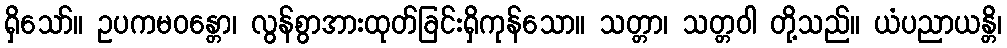
ရှိသော်။ ဥပကမဝန္တော၊ လွန်စွာအားထုတ်ခြင်းရှိကုန်သော။ သတ္တာ၊ သတ္တဝါ တို့သည်။ ယံပညာယန္တိ၊